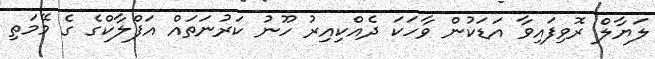
ލަޔާލް ރޮވިފައިވާ އަޑަކުން ވާހަކަ ދެއްކިއިރު ހޫނު ކަރުނަތައް އަފްލާކްގެ ގެ މޭމަތި